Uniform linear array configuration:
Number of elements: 4
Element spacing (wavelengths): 0.75
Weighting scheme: hann
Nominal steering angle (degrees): -15
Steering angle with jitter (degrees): -13.481
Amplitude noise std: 0.05
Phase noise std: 0.05

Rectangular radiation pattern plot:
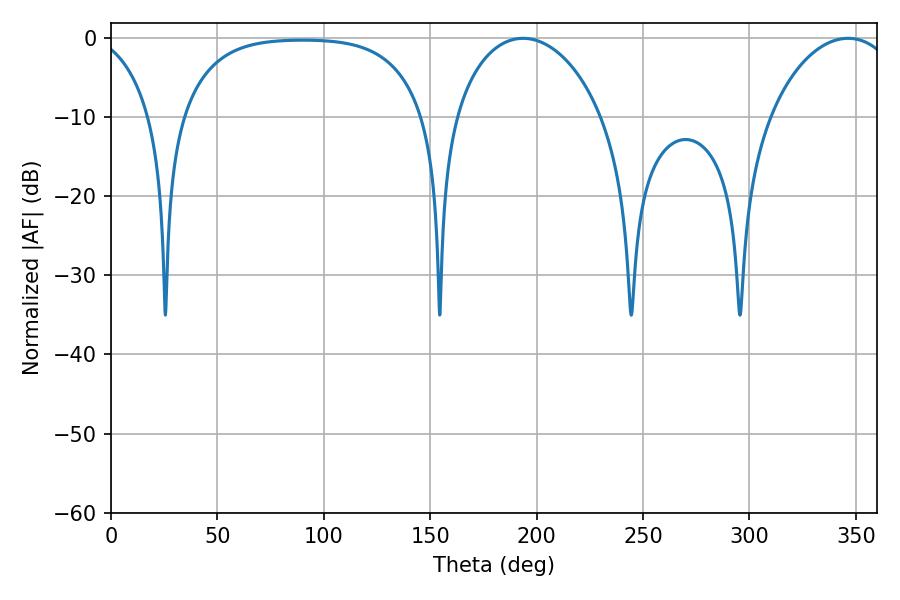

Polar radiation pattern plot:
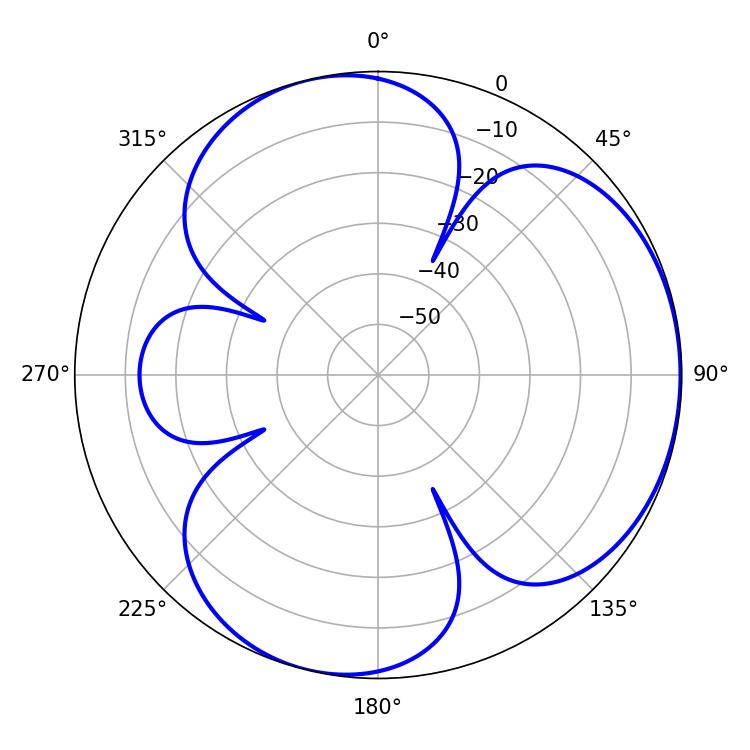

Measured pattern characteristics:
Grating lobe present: TRUE
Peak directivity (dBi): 4.021
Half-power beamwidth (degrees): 40.14
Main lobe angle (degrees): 193.68